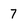
Character: 7